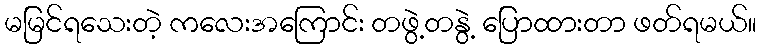
မမြင်ရသေးတဲ့ ကလေးအကြောင်း တဖွဲ့တနွဲ့ ပြောထားတာ ဖတ်ရမယ်။